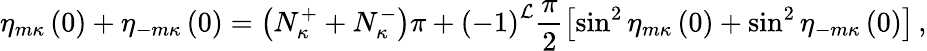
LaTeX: \eta_{m\kappa}\left(0\right)+\eta_{-m\kappa}\left(0\right)=\left(N_{\kappa}^{+}+N_{\kappa}^{-}\right)\pi+\left(-1\right)^{\mathcal{L}}\frac{{\pi}}{{2}}\left[\sin^{2}\eta_{m\kappa}\left(0\right)+\sin^{2}\eta_{-m\kappa}\left(0\right)\right]\, ,